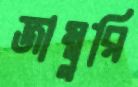
জাম্বুরি